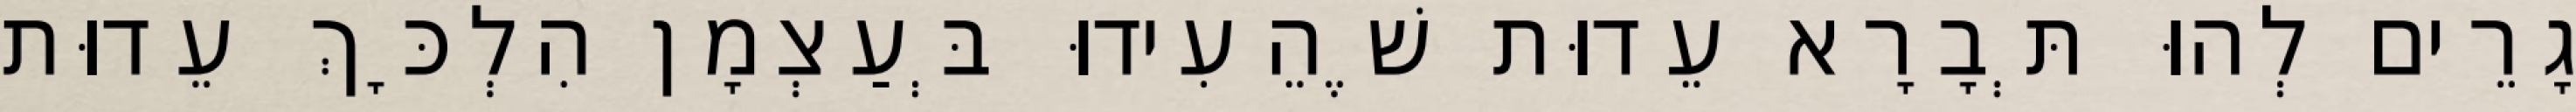
גָרֵים לְהוּ תְּבָרָא עֵדוּת שֶׁהֵעִידוּ בְּעַצְמָן הִלְכָּךְ עֵדוּת